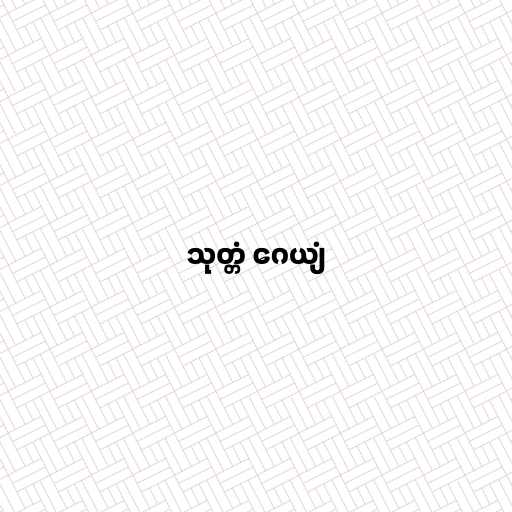
သုတ္တံ ဂေယျံ